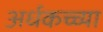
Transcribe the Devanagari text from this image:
अर्धकच्च्या